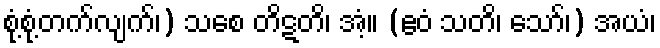
စုံ့စုံ့တက်လျက်၊) သစေ တိဋတိ၊ အံ့။ (ဧဝံ သတိ၊ သော်၊) အယံ၊